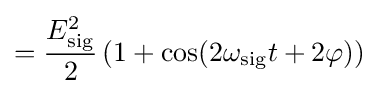
={\frac {E_{\mathrm {sig} }^{2}}{2}}\left(1+\cos(2\omega _{\mathrm {sig} }t+2\varphi )\right)